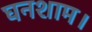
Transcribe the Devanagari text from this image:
घनशाम।